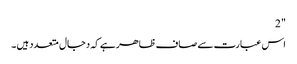
" 2
اس عبارت سے صاف ظاھر ہے کہ دجال متعدد ہیں ۔